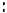
: